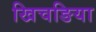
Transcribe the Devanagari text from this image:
खिचङिया